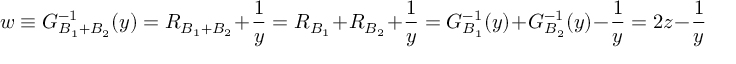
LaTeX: w \equiv G _ { B _ { 1 } + B _ { 2 } } ^ { - 1 } ( y ) = R _ { B _ { 1 } + B _ { 2 } } + \frac { 1 } { y } = R _ { B _ { 1 } } + R _ { B _ { 2 } } + \frac { 1 } { y } = G _ { B _ { 1 } } ^ { - 1 } ( y ) + G _ { B _ { 2 } } ^ { - 1 } ( y ) - \frac { 1 } { y } = 2 z - \frac { 1 } { y }